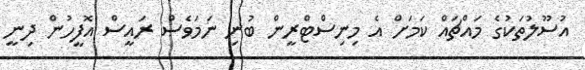
އުސޫލުތަކުގެ މައްޗައް ކަމަށް އެ މިނިސްޓްރީން ބުނި ނަމަވެސް ރައީސް އޮފީހުން ދިނީ